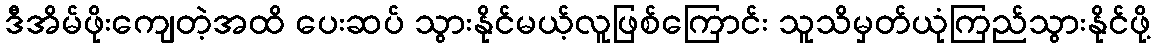
ဒီအိမ်ဖိုးကျေတဲ့အထိ ပေးဆပ် သွားနိုင်မယ့်လူဖြစ်ကြောင်း သူသိမှတ်ယုံကြည်သွားနိုင်ဖို့